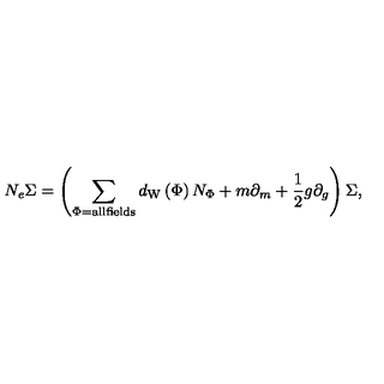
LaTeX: N _ { e } \Sigma = \left( \sum _ { \Phi = \mathrm { a l l f i e l d s } } d _ { \mathrm { W } } \left( \Phi \right) N _ { \Phi } + m \partial _ { m } + \frac 1 2 g \partial _ { g } \right) \Sigma ,